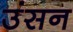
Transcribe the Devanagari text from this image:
उंसन